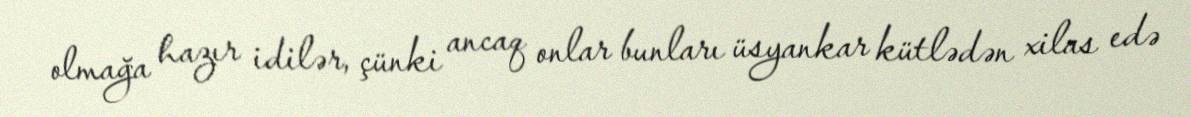
olmağa hazır idilər, çünki ancaq onlar bunları üsyankar kütlədən xilas edə